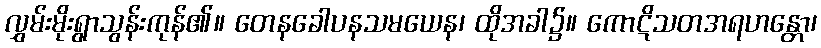
လွှမ်းမိုးရွာသွန်းကုန်၏။ တေနခေါပနသမယေန၊ ထိုအခါ၌။ ကောဋိသတအရဟန္တော၊